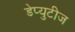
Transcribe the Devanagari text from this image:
डेप्युटीज